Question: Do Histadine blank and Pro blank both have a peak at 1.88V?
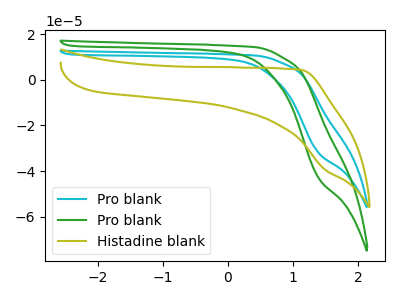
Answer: <think>The cyan curve "Pro blank" has no peaks. The green curve "Pro blank" has no peaks. The olive curve "Histadine blank" has no peaks.</think>
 <answer>No, "Histadine blank" and "Pro blank" dont share a peak at 1.88V.</answer>
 <eval>mismatch</eval>